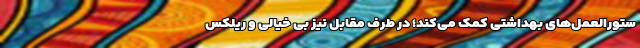
ستورالعمل‌های بهداشتی کمک می‌کند؛ در طرف مقابل نیز بی خیالی و ریلکس